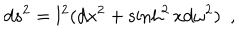
LaTeX: d s ^ { 2 } = l ^ { 2 } ( d x ^ { 2 } + \sinh ^ { 2 } x d \omega ^ { 2 } ) ~ ~ ,